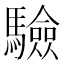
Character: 驗